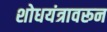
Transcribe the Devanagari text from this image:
शोधयंत्रावरून